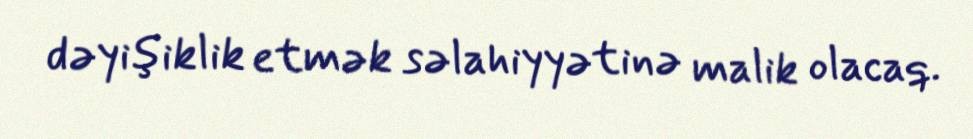
dəyişiklik etmək səlahiyyətinə malik olacaq.